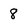
Character: 8